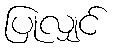
ပြုလျှင်